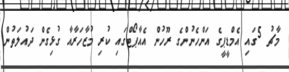
މާޗު 5ގައި އެމްޑީޕީގެ އަންހެނުންގެ ރޫހުން އެއާޕޯޓްގައި ކުރި މުޒާހަރާއާ ގުޅިގެން ދައުލަތުން